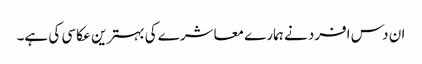
ان دس افرد نے ہمارے معاشرے کی بہترین عکاسی کی ہے۔